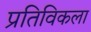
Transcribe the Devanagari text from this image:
प्रतिविकला